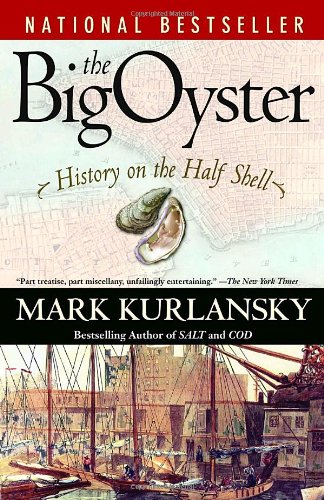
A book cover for The Big Oyster: History on the Half Shell; Mark Kurlansky; Cookbooks, Food & Wine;